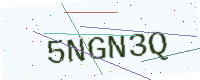
Text: 5NGN3Q